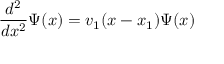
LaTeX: { \frac { d ^ { 2 } } { d x ^ { 2 } } } \Psi ( x ) = v _ { 1 } ( x - x _ { 1 } ) \Psi ( x )